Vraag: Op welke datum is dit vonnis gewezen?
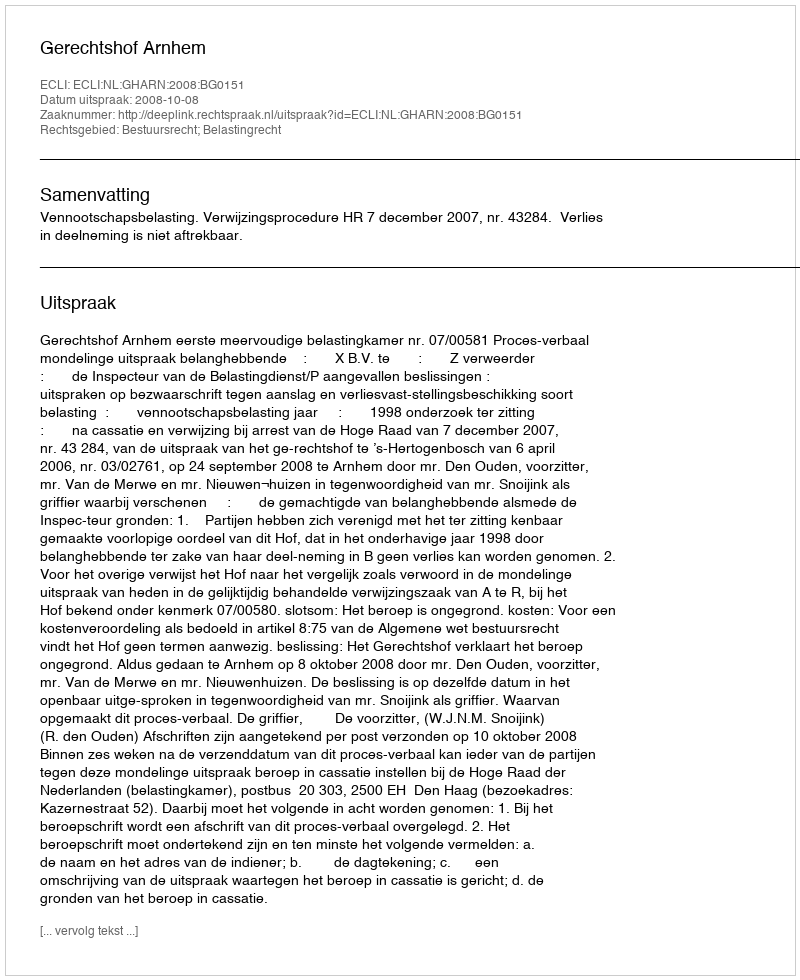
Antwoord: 2008-10-08